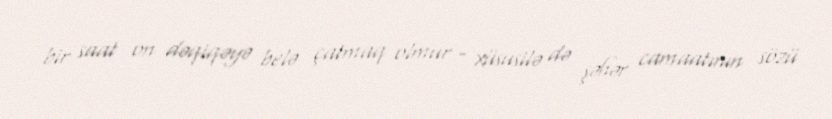
bir saat on dəqiqəyə belə çatmaq olmur - xüsusilə də şəhər camaatının sözü